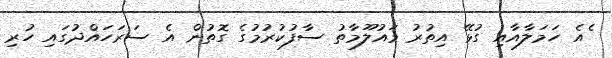
ެއެ ހަމަލާއާއި ގުޅޭ އިތުރު މައުލޫމާތު ސާފުކުރުމުގެ ގޮތުން އެ ސަރަހައްދުގައި ހުރި